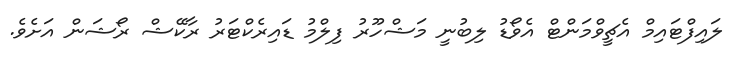
ލައިފްޓައިމް އެޗީވްމަންޓް އެވޯޑު ލިބުނީ މަޝްހޫރު ފިލްމު ޑައިރެކްޓަރު ރާކޭޝް ރޯޝަން އަށެވެ.